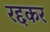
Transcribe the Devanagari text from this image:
रद्दकर